Annual administration report of the Civil Veterinary Department, Ajmere-Merwara, British Rajputana - 1914-1940
Year: 1914
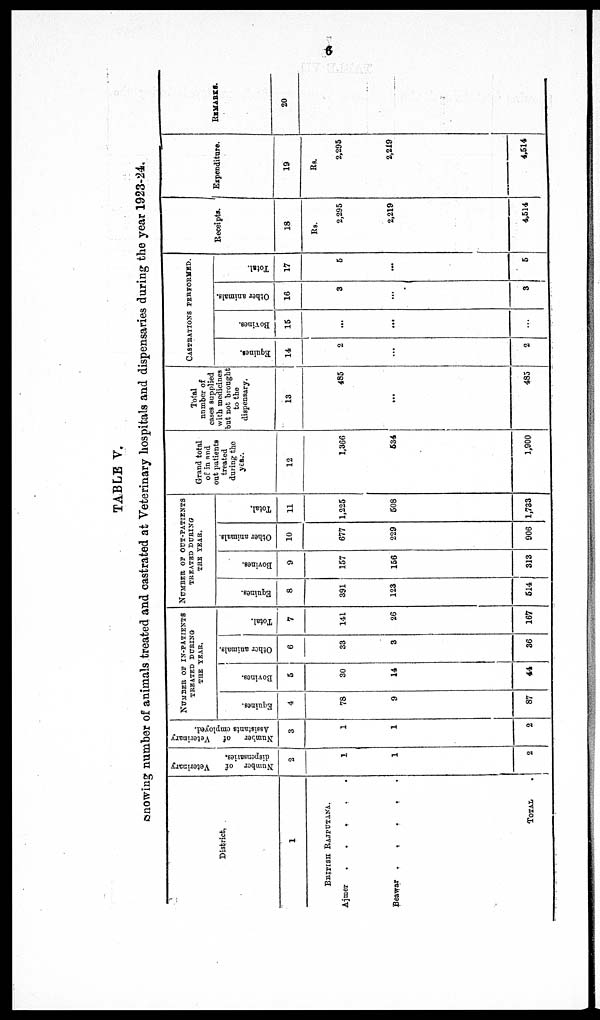
6
TABLE V.
Showing number of animals treated and castrated at Veterinary hospitals and dispensaries during the year 1923-24.
District.
1
BRITISH RAJPUTANA.
Ajmer
.
.
.
.
.
Beawar
.
.
. . .
TOTAL .
Number of
Veterinary
dispensaries.
2
1
1
2
Number
of
Veterinary
Assistants employed.
3
1
1
2
NUMBER OF IN-PATIENTS
TREATED DURING
THE YEAR.
Equines.
4
78
9
87
Bovines.
5
30
14
44
Other animals.
6
33
3
36
Total.
7
141
26
167
NUMBER OF OUT-PATIENTS
TREATED DURING
THE YEAR.
Equines.
8
391
123
514
Bovines.
9
157
156
313
Other animals.
10
677
229
906
Total.
11
1,225
508
1,733
Grand total
of in and
out patients
treated
during the
year.
12
1,366
534
1,900
Total
number of
cases supplied
with medicines
but not brought
to the
dispensary.
13
485
...
485
CASTRATIONS PERFORMED.
Equines.
14
2
...
2
Bovines.
15
...
...
...
Other animals.
16
3
...
3
Total.
17
5
...
5
Receipts.
18
Rs.
2,295
2,219
4,514
Expenditure.
19
Rs.
2,295
2,219
4,514
REMARKS.
20